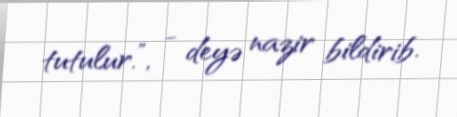
tutulur.”, - deyə nazir bildirib.